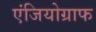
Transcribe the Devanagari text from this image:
एंजियोग्राफ